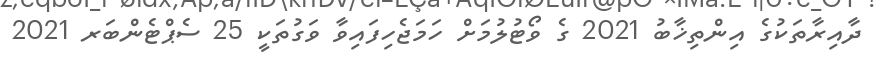
ދާއިރާތަކުގެ އިންތިޚާބު 2021 ގެ ވޯޓުލުމަށް ހަމަޖެހިފައިވާ ވަގުތަކީ 25 ސެޕްޓެންބަރ 2021